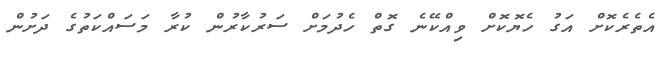
އެތެރެކޮށް އަގު ހެޔޮކޮށް ވިއްކޭނެ ގޮތް ހެދުމަށް ސަރުކާރުން ކުރާ މަސައްކަތުގެ ދަށުން